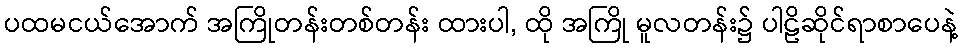
ပထမငယ်အောက် အကြိုတန်းတစ်တန်း ထားပါ, ထို အကြို မူလတန်း၌ ပါဠိဆိုင်ရာစာပေနဲ့